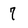
Character: 7